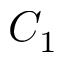
C _ { 1 }